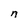
Character: n